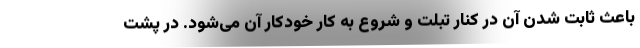
باعث ثابت شدن آن در کنار تبلت و شروع به کار خودکار آن می‌شود. در پشت